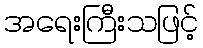
အရေးကြီးသဖြင့်